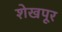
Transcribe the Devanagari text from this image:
शेखपूर